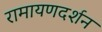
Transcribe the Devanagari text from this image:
रामायणदर्शन